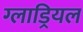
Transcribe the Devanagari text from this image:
ग्लाड्रियल